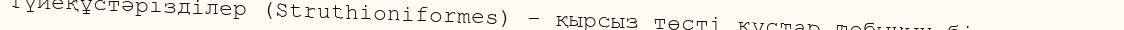
Түйеқұстәрізділер (Struthioniformes) – қырсыз төсті құстар тобының бір отряды .